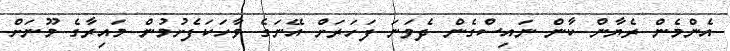
އެންމެން ރެޔާން ކާން ނައިސްގެން ދެވަނަ ފަހަރަށް އޭނަގެ ވާހަކަފެށުމުން މައިރާގެ މޫނަށް